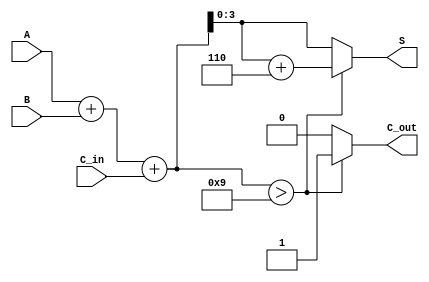
module BCD_Carry_Lookahead_Adder (
    input [3:0] A,        // First BCD digit
    input [3:0] B,        // Second BCD digit
    input C_in,           // Carry-in signal
    output reg [3:0] S,   // BCD sum output
    output reg C_out      // Carry-out signal
);

    wire [4:0] S_temp;    // Temporary sum (5 bits to accommodate carry)
    wire C1, C2, C3, C4;  // Carry signals

    // Calculate initial sum
    assign S_temp = A + B + C_in;

    // Carry generation logic
    assign C1 = A[0] & B[0] | (A[0] ^ B[0]) & C_in;
    assign C2 = A[1] & B[1] | (A[1] ^ B[1]) & C1;
    assign C3 = A[2] & B[2] | (A[2] ^ B[2]) & C2;
    assign C4 = A[3] & B[3] | (A[3] ^ B[3]) & C3;

    // Determine carry-out and adjust sum if necessary
    always @(*) begin
        if (S_temp > 9) begin
            C_out = 1; // Set carry-out if sum exceeds 9
            S = S_temp + 6; // Adjust sum for BCD
        end else begin
            C_out = 0; // No carry-out
            S = S_temp; // No adjustment needed
        end
    end

endmodule